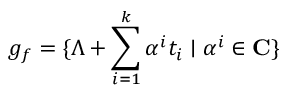
g _ { f } = \{ \Lambda + \sum _ { i = 1 } ^ { k } \alpha ^ { i } t _ { i } \mid \alpha ^ { i } \in { \bf C } \}